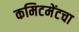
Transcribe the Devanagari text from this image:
कमिटमेंटचा